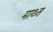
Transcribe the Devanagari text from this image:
माथ्स